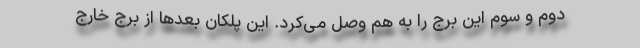
دوم و سوم این برج را به هم وصل می‌کرد. این پلکان بعدها از برج خارج